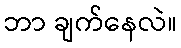
ဘာ ချက်နေလဲ။